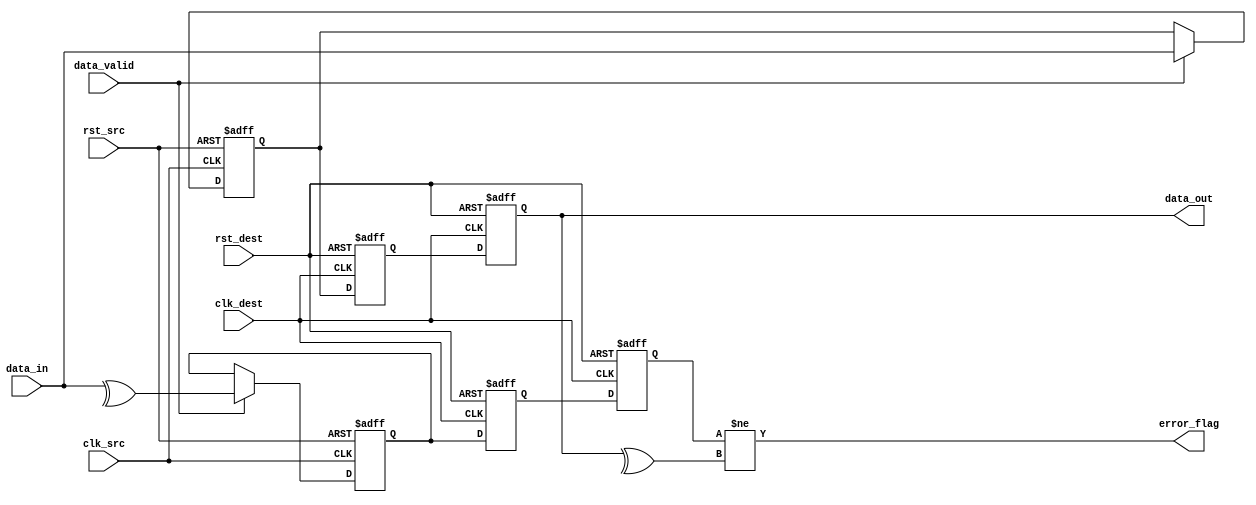
module cdc_memory_block #(
    parameter DATA_WIDTH = 8
)(
    input  wire clk_src,         // Source clock
    input  wire clk_dest,        // Destination clock
    input  wire rst_src,         // Asynchronous reset for source domain
    input  wire rst_dest,        // Asynchronous reset for destination domain
    input  wire [DATA_WIDTH-1:0] data_in,  // Data input
    input  wire data_valid,      // Valid signal for data
    output wire [DATA_WIDTH-1:0] data_out, // Data output
    output wire error_flag       // Error detection flag
);

    // Internal signals
    reg [DATA_WIDTH-1:0] data_buf;
    reg parity_bit;
    reg parity_buf;
    reg sync_data_valid;
    
    // Parity generation in source clock domain
    always @(posedge clk_src or posedge rst_src) begin
        if (rst_src) begin
            data_buf <= 0;
            parity_bit <= 0;
        end else if (data_valid) begin
            data_buf <= data_in;
            parity_bit <= ^data_in; // Even parity
        end
    end

    // Dual Flip-Flop Synchronizer for data
    reg [DATA_WIDTH-1:0] sync_data_1;
    reg [DATA_WIDTH-1:0] sync_data_2;

    always @(posedge clk_dest or posedge rst_dest) begin
        if (rst_dest) begin
            sync_data_1 <= 0;
            sync_data_2 <= 0;
            sync_data_valid <= 0;
        end else begin
            sync_data_1 <= data_buf;
            sync_data_2 <= sync_data_1;
            sync_data_valid <= data_valid; // Use data_valid from source domain
        end
    end

    // Parity synchronization
    reg parity_sync_1;
    reg parity_sync_2;

    always @(posedge clk_dest or posedge rst_dest) begin
        if (rst_dest) begin
            parity_sync_1 <= 0;
            parity_sync_2 <= 0;
        end else begin
            parity_sync_1 <= parity_bit;
            parity_sync_2 <= parity_sync_1;
        end
    end

    // Error detection
    assign data_out = sync_data_2;

    assign error_flag = (parity_sync_2 != ^sync_data_2); // Compare received parity with computed parity

endmodule